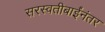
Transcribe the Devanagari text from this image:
सरस्वतीबाईंनंतर